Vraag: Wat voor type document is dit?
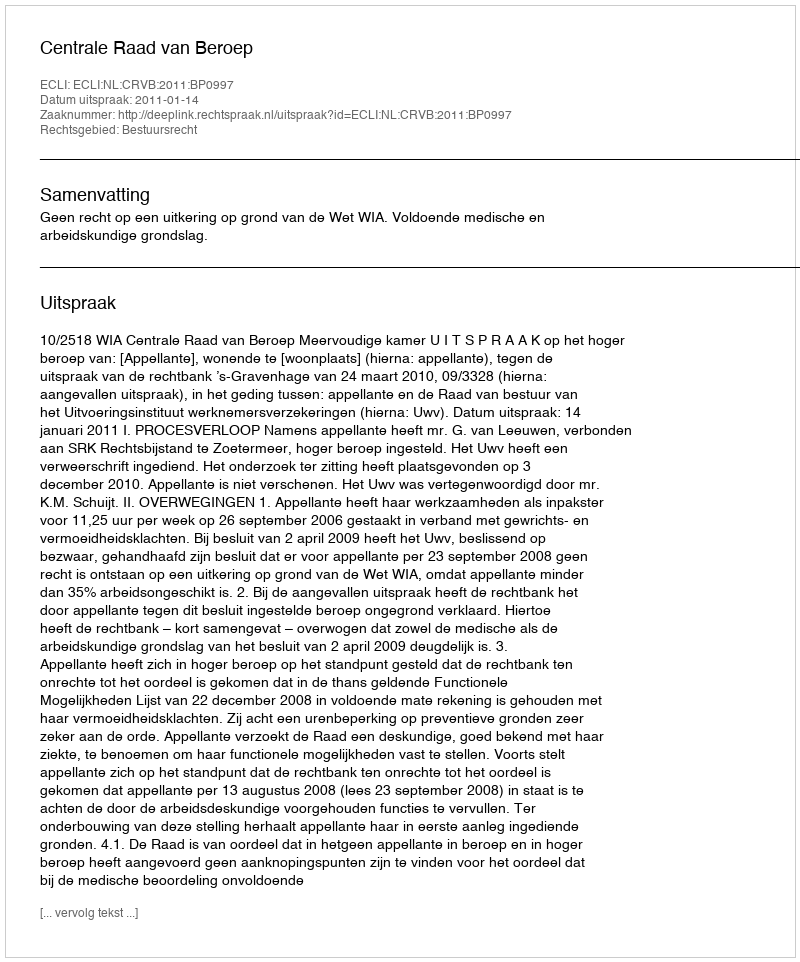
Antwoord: Uitspraak